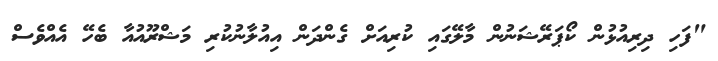
"ފަހި ދިރިއުޅުން ކޯޕަރޭޝަނުން މާލޭގައި ކުރިއަށް ގެންދަން އިއުލާނުކުރި މަޝްރޫއުއާ ބެހޭ އެއްވެސް